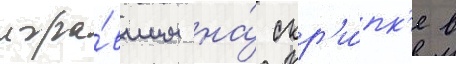
игра́вшим на́ скр'и́пк'е в